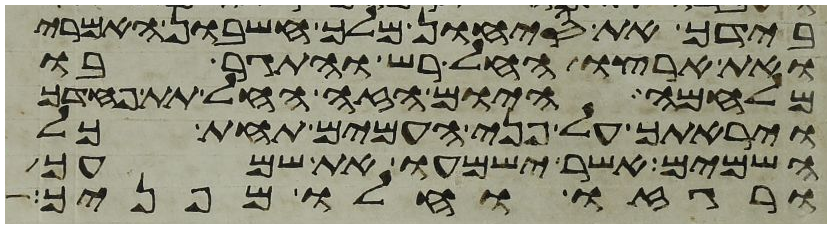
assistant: בידך את סיחון מלך חשבון האמרי
ואת ארצו החל רש והתגר בו
מלחמה היום הזה החל תת פחדך
ויראתך על פני העמים תחת כל
השמים אשר ישמעו את שמעך
ורגזו וחלו מפניך